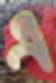
এ